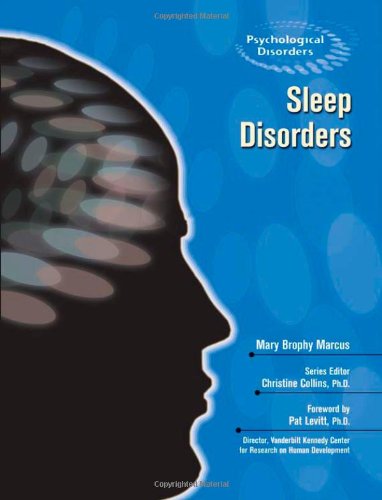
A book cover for Sleep Disorders (Psychological Disorders); Mary Brophy Marcus; Teen & Young Adult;